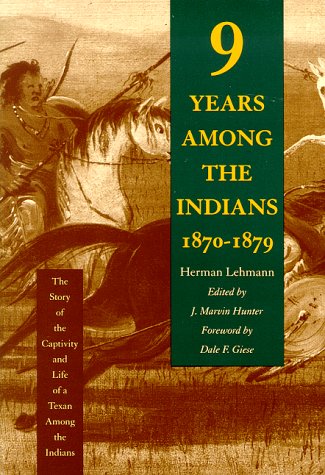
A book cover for Nine Years Among the Indians, 1870-1879: The Story of the Captivity and Life of a Texan Among the Indians; Herman Lehmann; Biographies & Memoirs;